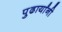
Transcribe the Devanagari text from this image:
पुढार्यांनी